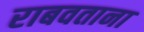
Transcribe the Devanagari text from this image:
राबवताना